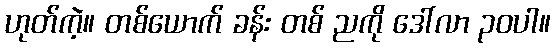
ဟုတ်ကဲ့။ တစ်ယောက် ခန်း တစ် ညကို ဒေါ်လာ ၃၀ပါ။